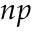
n p